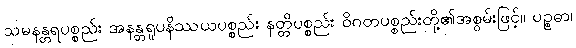
သမနန္တရပစ္စည်း အနန္တရူပနိဿယပစ္စည်း နတ္တိပစ္စည်း ဝိဂတပစ္စည်းတို့၏အစွမ်းဖြင့်။ ပဉ္စဓာ၊